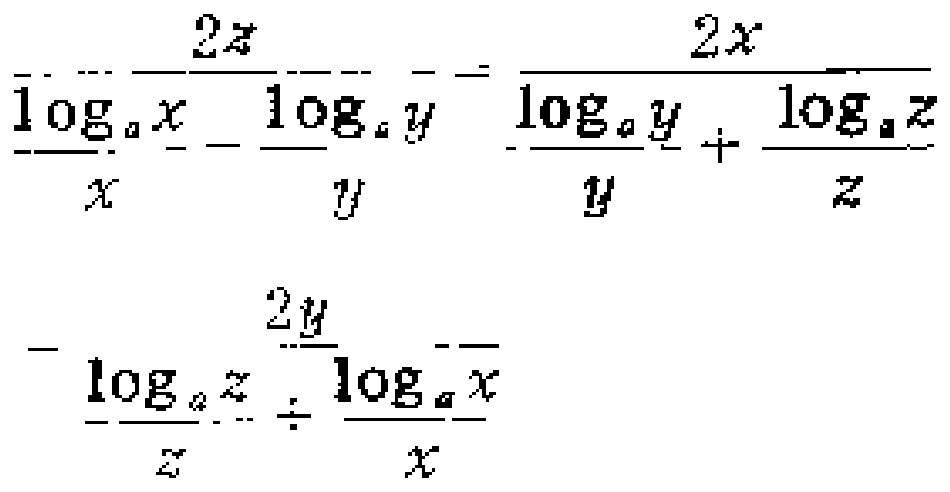
\(\frac{\frac{2z}{\log_{a}x}}{x}-\frac{\frac{2x}{\log_{a}y}}{y}=\frac{\frac{2x}{\log_{a}y}}{y}+\frac{\frac{2x}{\log_{a}z}}{z}-\frac{\frac{2y}{\log_{a}z}}{z}\div\frac{\frac{2y}{\log_{a}x}}{x}\)